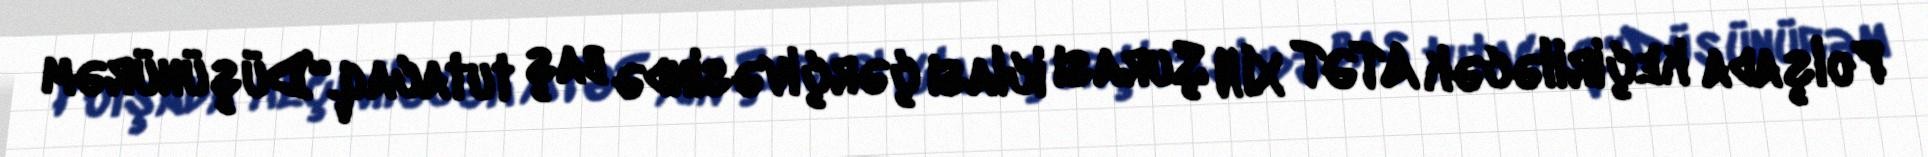
Polşada keçiriləcək ATƏT XİN Şurası iclası çərçivəsində baş tutacaq.“Düşünürəm